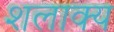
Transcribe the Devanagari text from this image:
शलाक्य